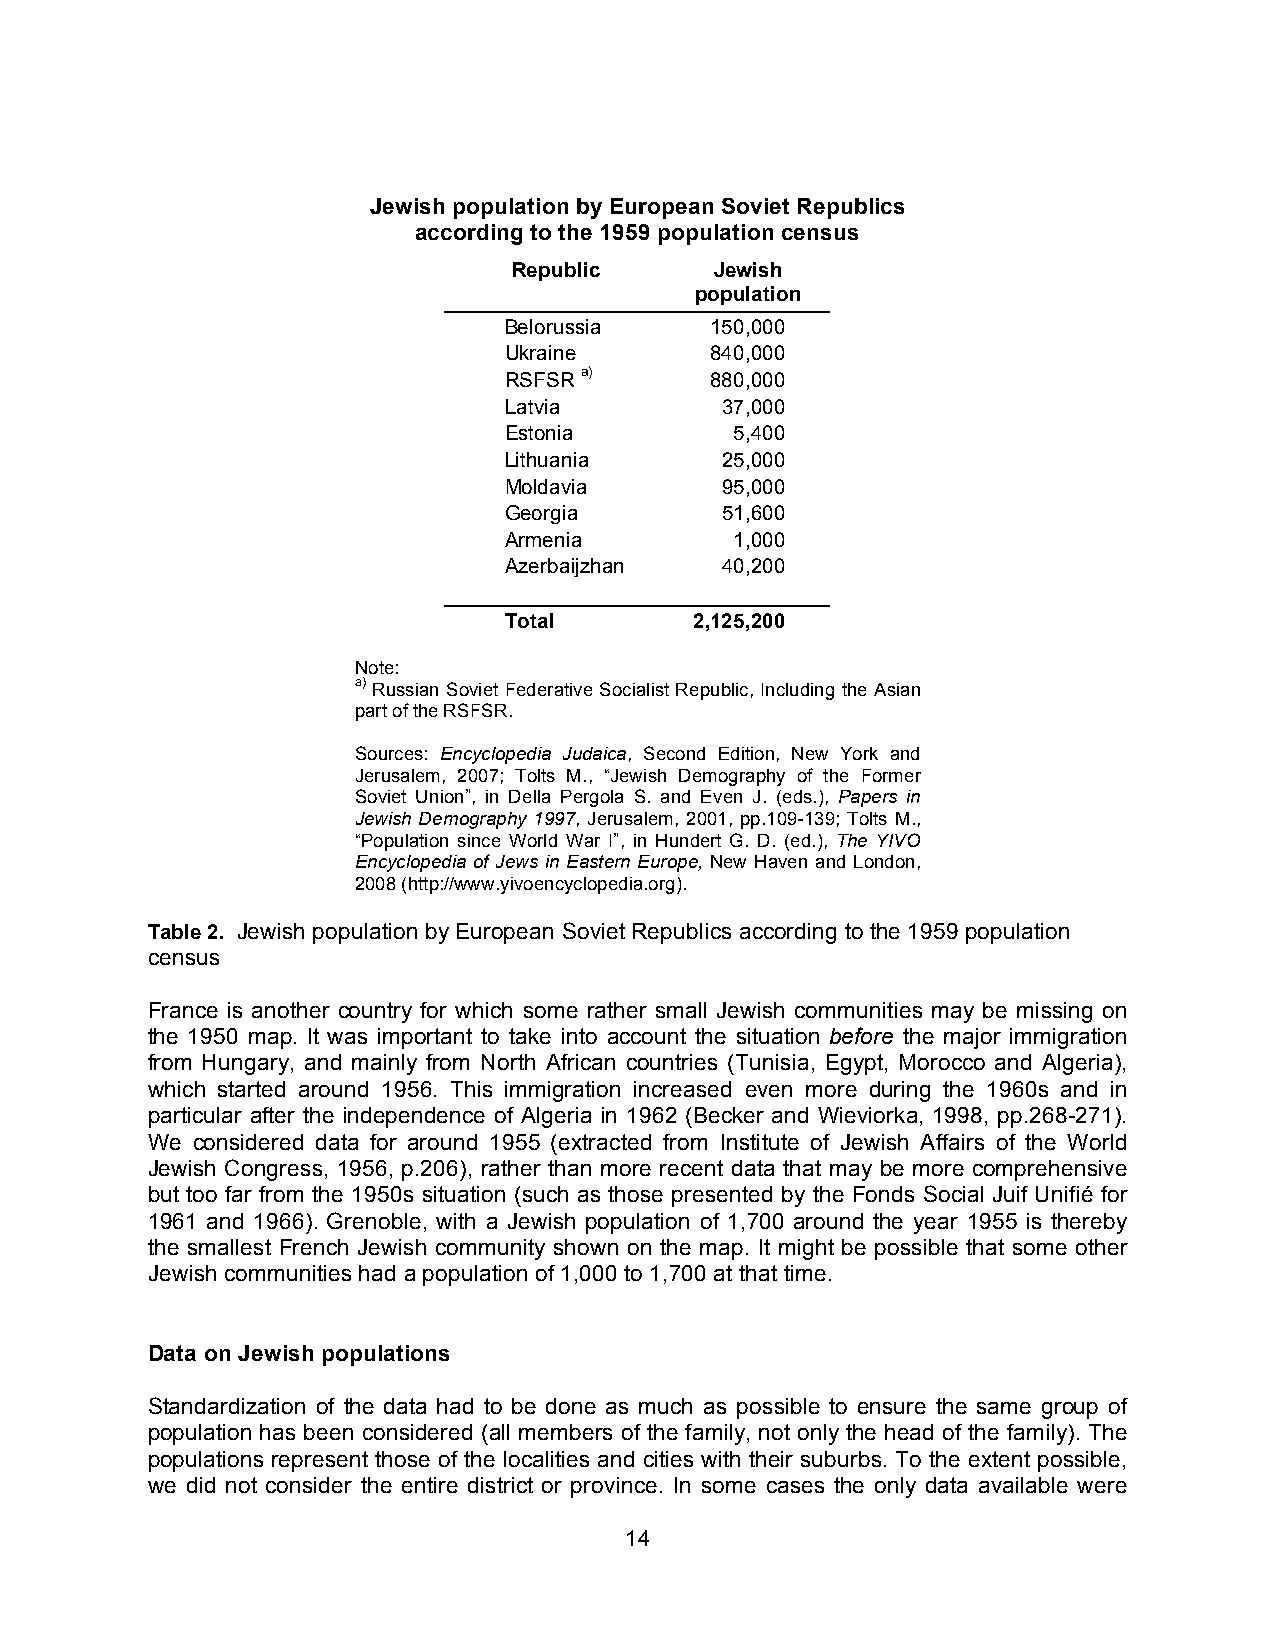
Jewish population by European Soviet Republics
 according to the 1959 population census
 Republic     Jewish
 population
 Belorussia    150,000
 Ukraine       840,000
 RSFSR a)      880,000
 Latvia         37,000
 Estonia         5,400
 Lithuania      25,000
 Moldavia       95,000
 Georgia        51,600
 Armenia         1,000
 Azerbaijzhan   40,200
 Total        2,125,200
 Note:
 a) Russian Soviet Federative Socialist Republic, Including the Asian
 part of the RSFSR.
 Sources: Encyclopedia Judaica, Second Edition, New York and
 Jerusalem, 2007; Tolts M., “Jewish Demography of the Former
 Soviet Union”, in Della Pergola S. and Even J. (eds.), Papers in
 Jewish Demography 1997, Jerusalem, 2001, pp.109-139; Tolts M.,
 “Population since World War I”, in Hundert G. D. (ed.), The YIVO
 Encyclopedia of Jews in Eastern Europe, New Haven and London,
 2008 (http://www.yivoencyclopedia.org).
 Table 2. Jewish population by European Soviet Republics according to the 1959 population
 census
 France is another country for which some rather small Jewish communities may be missing on
 the 1950 map. It was important to take into account the situation before the major immigration
 from Hungary, and mainly from North African countries (Tunisia, Egypt, Morocco and Algeria),
 which started around 1956. This immigration increased even more during the 1960s and in
 particular after the independence of Algeria in 1962 (Becker and Wieviorka, 1998, pp.268-271).
 We considered data for around 1955 (extracted from Institute of Jewish Affairs of the World
 Jewish Congress, 1956, p.206), rather than more recent data that may be more comprehensive
 but too far from the 1950s situation (such as those presented by the Fonds Social Juif Unifié for
 1961 and 1966). Grenoble, with a Jewish population of 1,700 around the year 1955 is thereby
 the smallest French Jewish community shown on the map. It might be possible that some other
 Jewish communities had a population of 1,000 to 1,700 at that time.
 Data on Jewish populations
 Standardization of the data had to be done as much as possible to ensure the same group of
 population has been considered (all members of the family, not only the head of the family). The
 populations represent those of the localities and cities with their suburbs. To the extent possible,
 we did not consider the entire district or province. In some cases the only data available were
 14